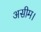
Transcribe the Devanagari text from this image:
असीम।